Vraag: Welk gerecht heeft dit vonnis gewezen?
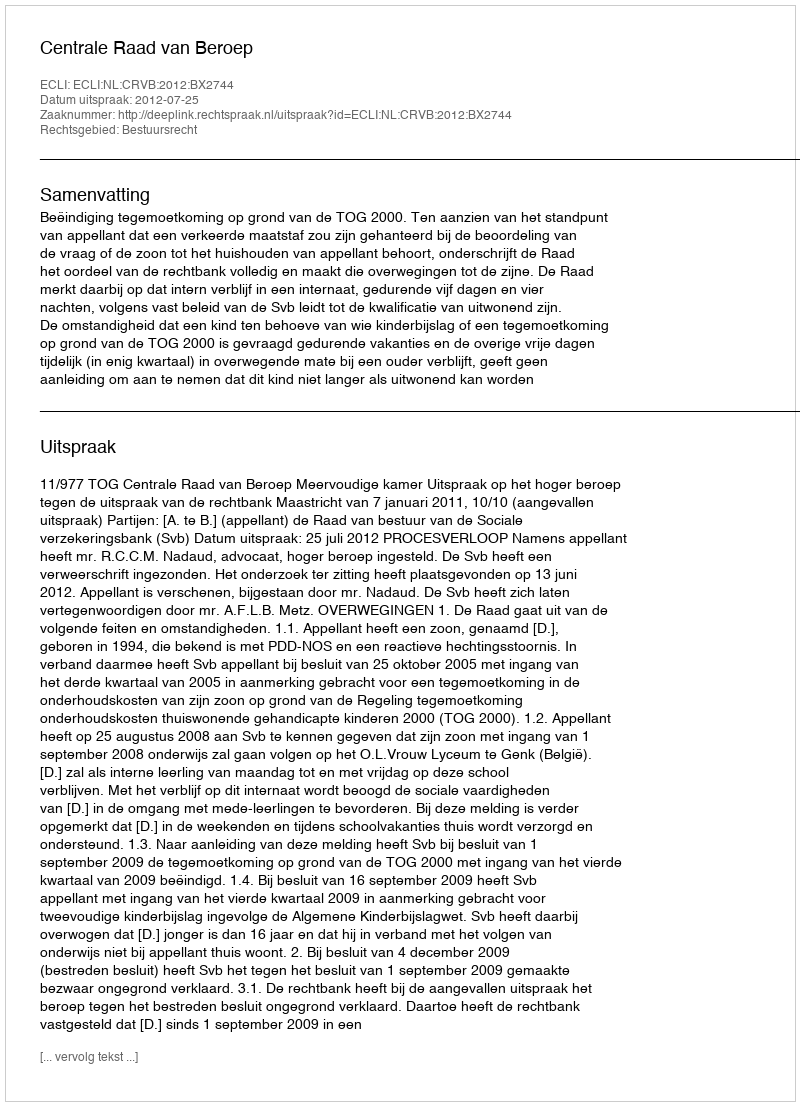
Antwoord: Centrale Raad van Beroep